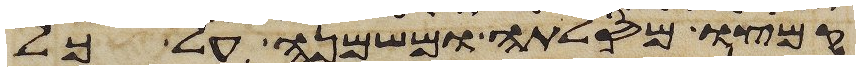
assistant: קמצו מסלתה ומשמנה על כל